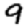
Digit: 9